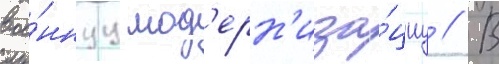
вое́ннуу мод'ерн'иза́циу // В